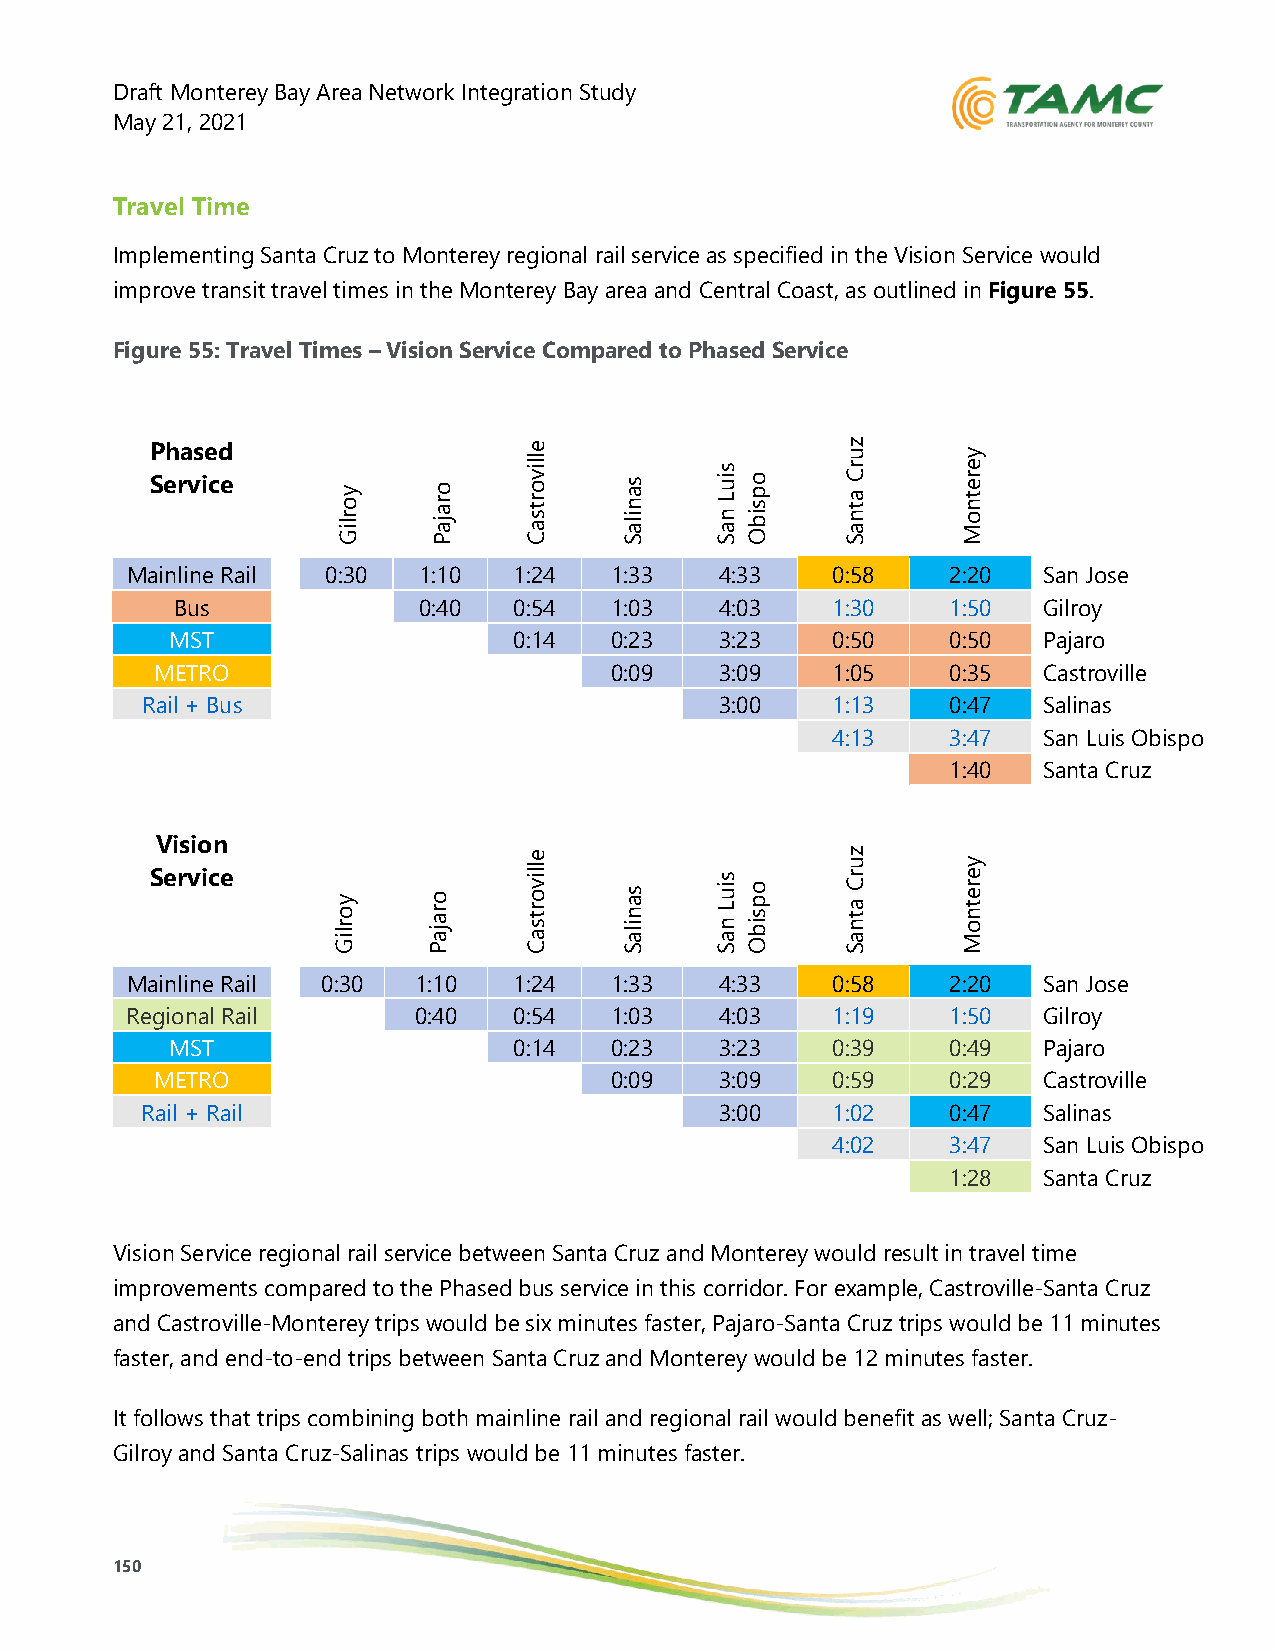
Draft Monterey Bay Area Network Integration Study
 May 21, 2021
 Travel Time
 Implementing Santa Cruz to Monterey regional rail service as specified in the Vision Service would
 improve transit travel times in the Monterey Bay area and Central Coast, as outlined in Figure 55.
 Figure 55: Travel Times – Vision Service Compared to Phased Service
 P Seh ra vs ie cd e y o r liG o r a ja P e lliv o r t s a C s a n ila S s iu L n a S o p s ib O z u r C a t n a S y e r e t n o M
 Mainline Rail 0:30  1:10  1:24  1:33    4:33   0:58    2:20  San Jose
 Bus              0:40  0:54  1:03    4:03   1:30    1:50  Gilroy
 MST                    0:14  0:23    3:23   0:50    0:50  Pajaro
 METRO                         0:09    3:09   1:05    0:35  Castroville
 Rail + Bus                             3:00   1:13    0:47  Salinas
 4:13    3:47  San Luis Obispo
 1:40  Santa Cruz
 Vision
 Service     y o r
 liG
 a jao Pr
 e
 lliv o r t s
 a C
 s a n ila
 S
 s iu L n
 a S
 o p s ib
 O
 z
 u r C a t n
 a S
 y e r e t n o
 M
 Mainline Rail 0:30 1:10   1:24  1:33    4:33   0:58    2:20  San Jose
 Regional Rail      0:40   0:54  1:03    4:03   1:19    1:50  Gilroy
 MST                    0:14  0:23    3:23   0:39    0:49  Pajaro
 METRO                         0:09    3:09   0:59    0:29  Castroville
 Rail + Rail                            3:00   1:02    0:47  Salinas
 4:02    3:47  San Luis Obispo
 1:28  Santa Cruz
 Vision Service regional rail service between Santa Cruz and Monterey would result in travel time
 improvements compared to the Phased bus service in this corridor. For example, Castroville-Santa Cruz
 and Castroville-Monterey trips would be six minutes faster, Pajaro-Santa Cruz trips would be 11 minutes
 faster, and end-to-end trips between Santa Cruz and Monterey would be 12 minutes faster.
 It follows that trips combining both mainline rail and regional rail would benefit as well; Santa Cruz-
 Gilroy and Santa Cruz-Salinas trips would be 11 minutes faster.
 150